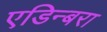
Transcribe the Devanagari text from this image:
एडिन्बरा